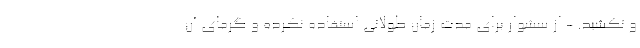
و نکشید. - از سشوار برای مدت زمان طولانی استفاده نکرده و گرمای آن